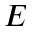
E